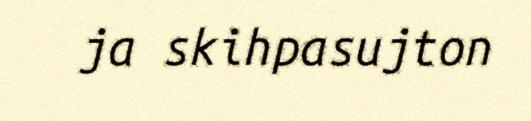
ja skihpasujton